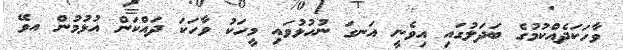
ވާހަކަދެއްކުމުގެ ބަދަލުގައި އިވެނީ އަނގަ ނުހުޅުވައި މީހަކު ވާހަކަ ދައްކަން އުޅުމުން އވޭ